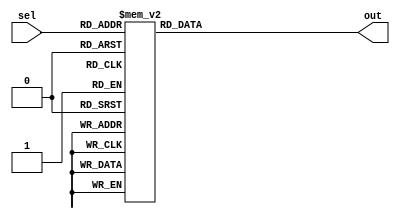
module full_case_example(
    input wire [2:0] sel,
    output reg [3:0] out
);

always @*
begin
    case (sel)
        3'b000: out = 4'b0000; // if sel is 000
        3'b001: out = 4'b0001; // if sel is 001
        3'b010: out = 4'b0010; // if sel is 010
        3'b011: out = 4'b0011; // if sel is 011
        3'b100: out = 4'b0100; // if sel is 100
        3'b101: out = 4'b0101; // if sel is 101
        3'b110: out = 4'b0110; // if sel is 110
        3'b111: out = 4'b0111; // if sel is 111
    endcase
end

endmodule